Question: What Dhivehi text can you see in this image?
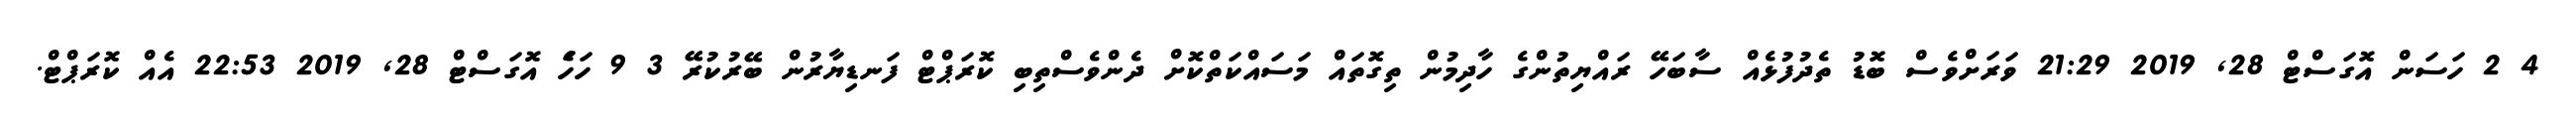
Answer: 4 2 ހަސަން އޮގަސްޓް 28, 2019 21:29 ވަރަށްވެސް ބޮޑު ތެދުފުޅެއް ސާބަހޭ ރައްޔިތުންގެ ހާދިމުން ތިގޮތައް މަސައްކަތްކޮށް ދެންވެސްތިބި ކޮރަޕްޓް ފަނޑިޔާރުން ބޭރުކުރޭ 3 9 ހަހަެ އޮގަސްޓް 28, 2019 22:53 އެއް ކޮރަޕްޓް.